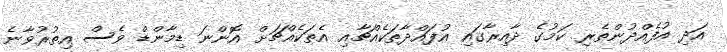
އަދި އުފެއްދުންތެރި ކަމުގެ ދާއިރާގައި އުފައްދާތަކެއްޗާއި އެތަކެއްޗަށް އޮންނަ ޑިމާންޑް ވެސް އިތުރުވާނެ